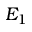
E _ { 1 }